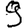
Digit: 9